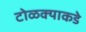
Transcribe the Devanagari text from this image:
टोळक्याकडे